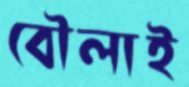
বৌলাই